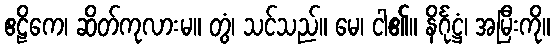
ဧဠိကေ၊ ဆိတ်ကုလားမ။ တွံ၊ သင်သည်။ မေ၊ ငါ၏။ နိင်္ဂုဋ္ဌံ၊ အမြီးကို။